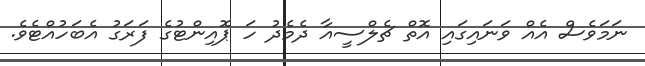
ނަމަވެސް އެއް ވަނައިގައި އޮތް ޗެލްސީއާ ދެމެދު ހަ ޕޮއިންޓުގެ ފަރަގު އެބަހުއްޓެވެ.